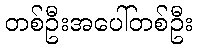
တစ်ဦးအပေါ်တစ်ဦး